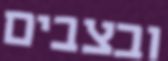
ובצבים